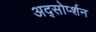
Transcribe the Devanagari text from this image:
अद्सोर्प्शन